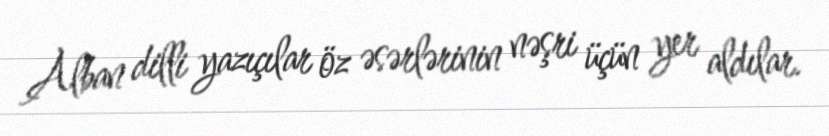
Alban dilli yazıçılar öz əsərlərinin nəşri üçün yer aldılar.